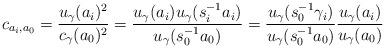
LaTeX: \begin{align*}c_{a_i,a_0}=\frac{u_\gamma (a_i)^2}{c_{\gamma} (a_0)^2}=\frac{u_\gamma(a_i)u_{\gamma}(s_i^{-1}a_i)}{u_\gamma (s_0^{-1}a_0)}=\frac{u_\gamma(s_0^{-1}\gamma_i)}{u_{\gamma} (s_0^{-1}a_0)}\frac{u_{\gamma}(a_i)}{u_{\gamma}(a_0)}\end{align*}